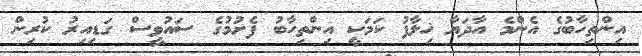
އިންތިހާބުގެ އެންމެ އާދަޔާ ޚިލާފު ކަމަކީ އިންތިހާބު ފެށުމުގެ ސައުވީސް ގަޑިއިރު ކުރިން